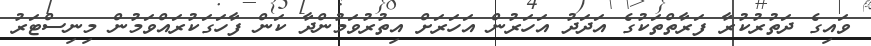
ވައިގެ ދަތުރުކުރާ ފަރާތްތަކުގެ އަދަދު އަހަރުން އަހަރަށް އިތުރުވަމުންދާ ކަން ފާހަގަކުރައްވަމުން މިނިސްޓަރު